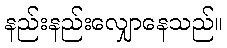
နည်းနည်းလျှောနေသည်။